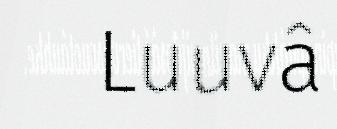
Luuvâ